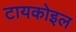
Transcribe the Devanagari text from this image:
टायकोइल